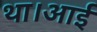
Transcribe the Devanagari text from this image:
था।आई